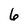
Character: 6